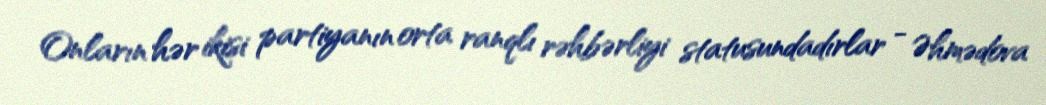
Onların hər ikisi partiyanın orta ranqlı rəhbərliyi statusundadırlar - Əhmədova